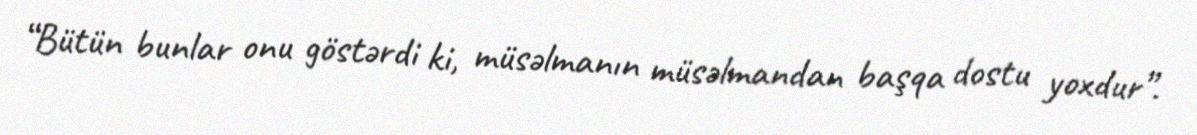
“Bütün bunlar onu göstərdi ki, müsəlmanın müsəlmandan başqa dostu yoxdur”.